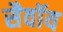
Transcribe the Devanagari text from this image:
सैवॉय